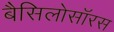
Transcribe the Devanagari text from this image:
बैसिलोसॉरस